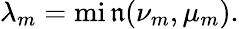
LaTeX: \lambda_{m}=\operatorname*{mi\mathfrak{n}}(\nu_{m},\mu_{m}).